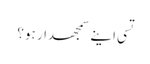
تسی اینے سمجھدار ہو؟